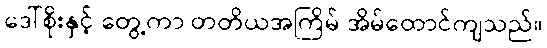
ဒေါ်စိုးနှင့် တွေ့ကာ တတိယအကြိမ် အိမ်ထောင်ကျသည်။